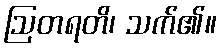
ဩတရတိ၊ သက်၏။